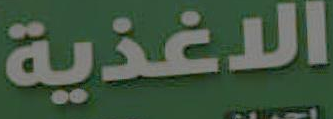
الاغذية